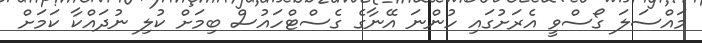
މައްސަލަ ގޯސްވީ އެރަށުގައި ހުންނަ އޭނާގެ ގެސްޓްހައުސް ބިމަށް ކުލި ނުދައްކާ ކަމަށް